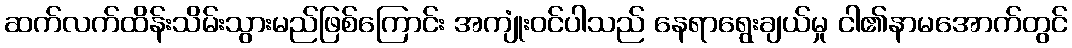
ဆက်လက်ထိန်းသိမ်းသွားမည်ဖြစ်ကြောင်း အကျုံးဝင်ပါသည် နေရာရွေးချယ်မှု ငါ၏နာမအောက်တွင်